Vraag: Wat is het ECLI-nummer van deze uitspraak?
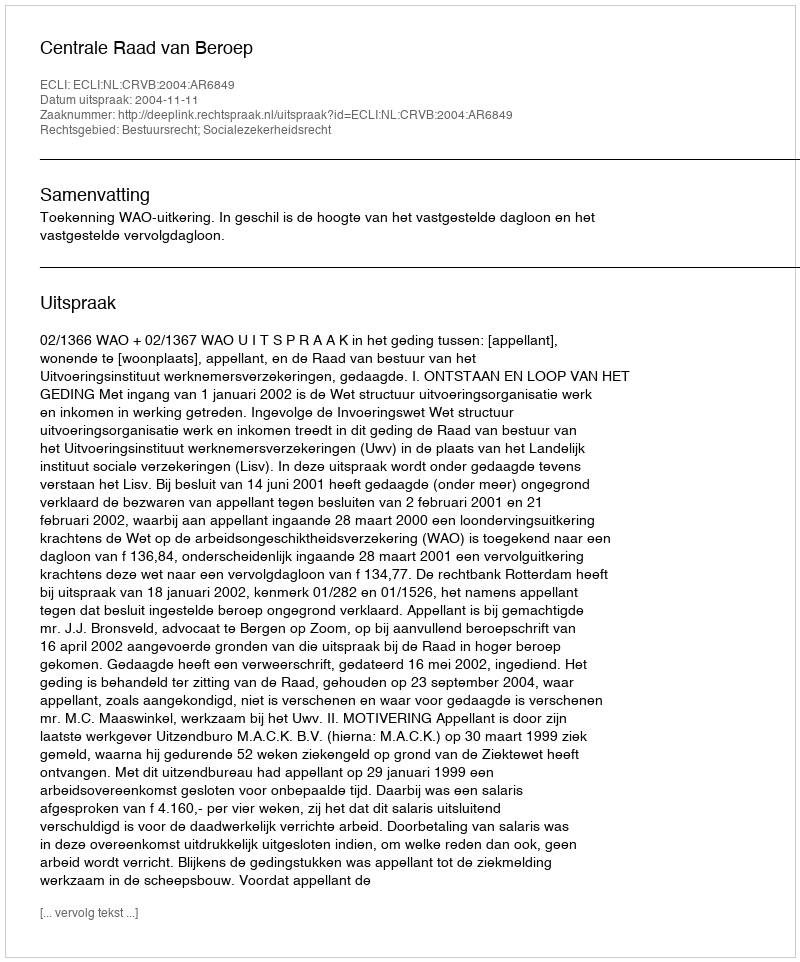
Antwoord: ECLI:NL:CRVB:2004:AR6849